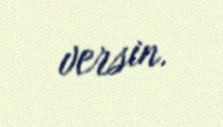
versin.